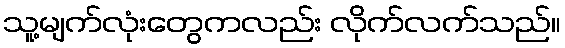
သူ့မျက်လုံးတွေကလည်း လိုက်လက်သည်။